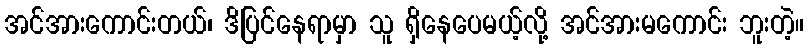
အင်အားကောင်းတယ်၊ ဒိပြင်နေရာမှာ သူ ရှိနေပေမယ့်လို့ အင်အားမကောင်း ဘူးတဲ့။